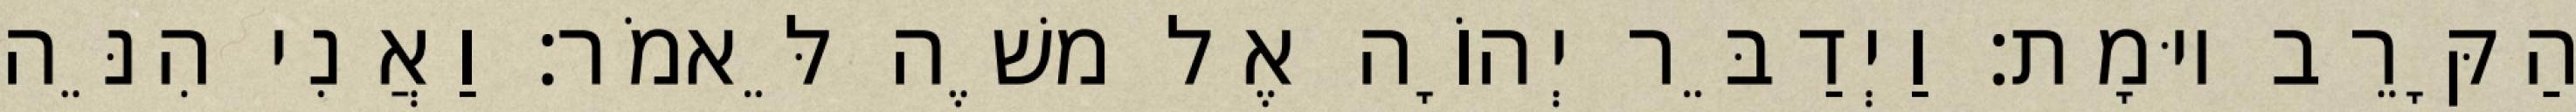
הַקָּרֵב יוּמָת׃ וַיְדַבֵּר יְהוָֹה אֶל משֶׁה לֵּאמֹר׃ וַאֲנִי הִנֵּה